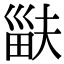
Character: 𤱽